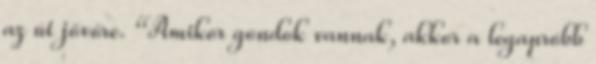
az út jövőre. “Amikor gondok vannak, akkor a legapróbb